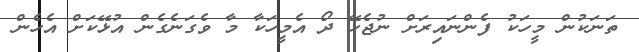
ތަނަކުން މީހަކު ފެންނައިރަށް ނުޖެހޭ ދޯ އެމީހަކާ މާ ވެގަނެގެން އުޅޭކަށް އެހެން